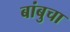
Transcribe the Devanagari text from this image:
बांबुचा